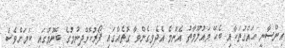
އިންސާނީ ހައްގުތަކާއި ބެހޭ މައުލޫމާތު އެންމެ އެދެވިގެންވާ ގޮތެއްގައި ފޯރުކޮށްދިނުމުގެ ބޭނުމުގައި ކަމަށްވެސް